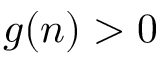
g ( n ) > 0